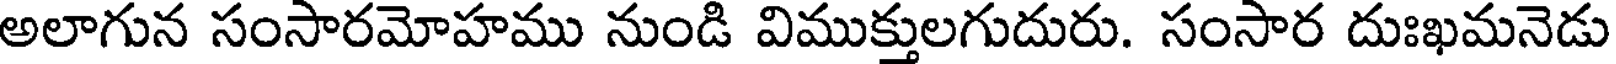
అలాగున సంసారమోహము నుండి విముక్తులగుదురు. సంసార దుఃఖమనెడు